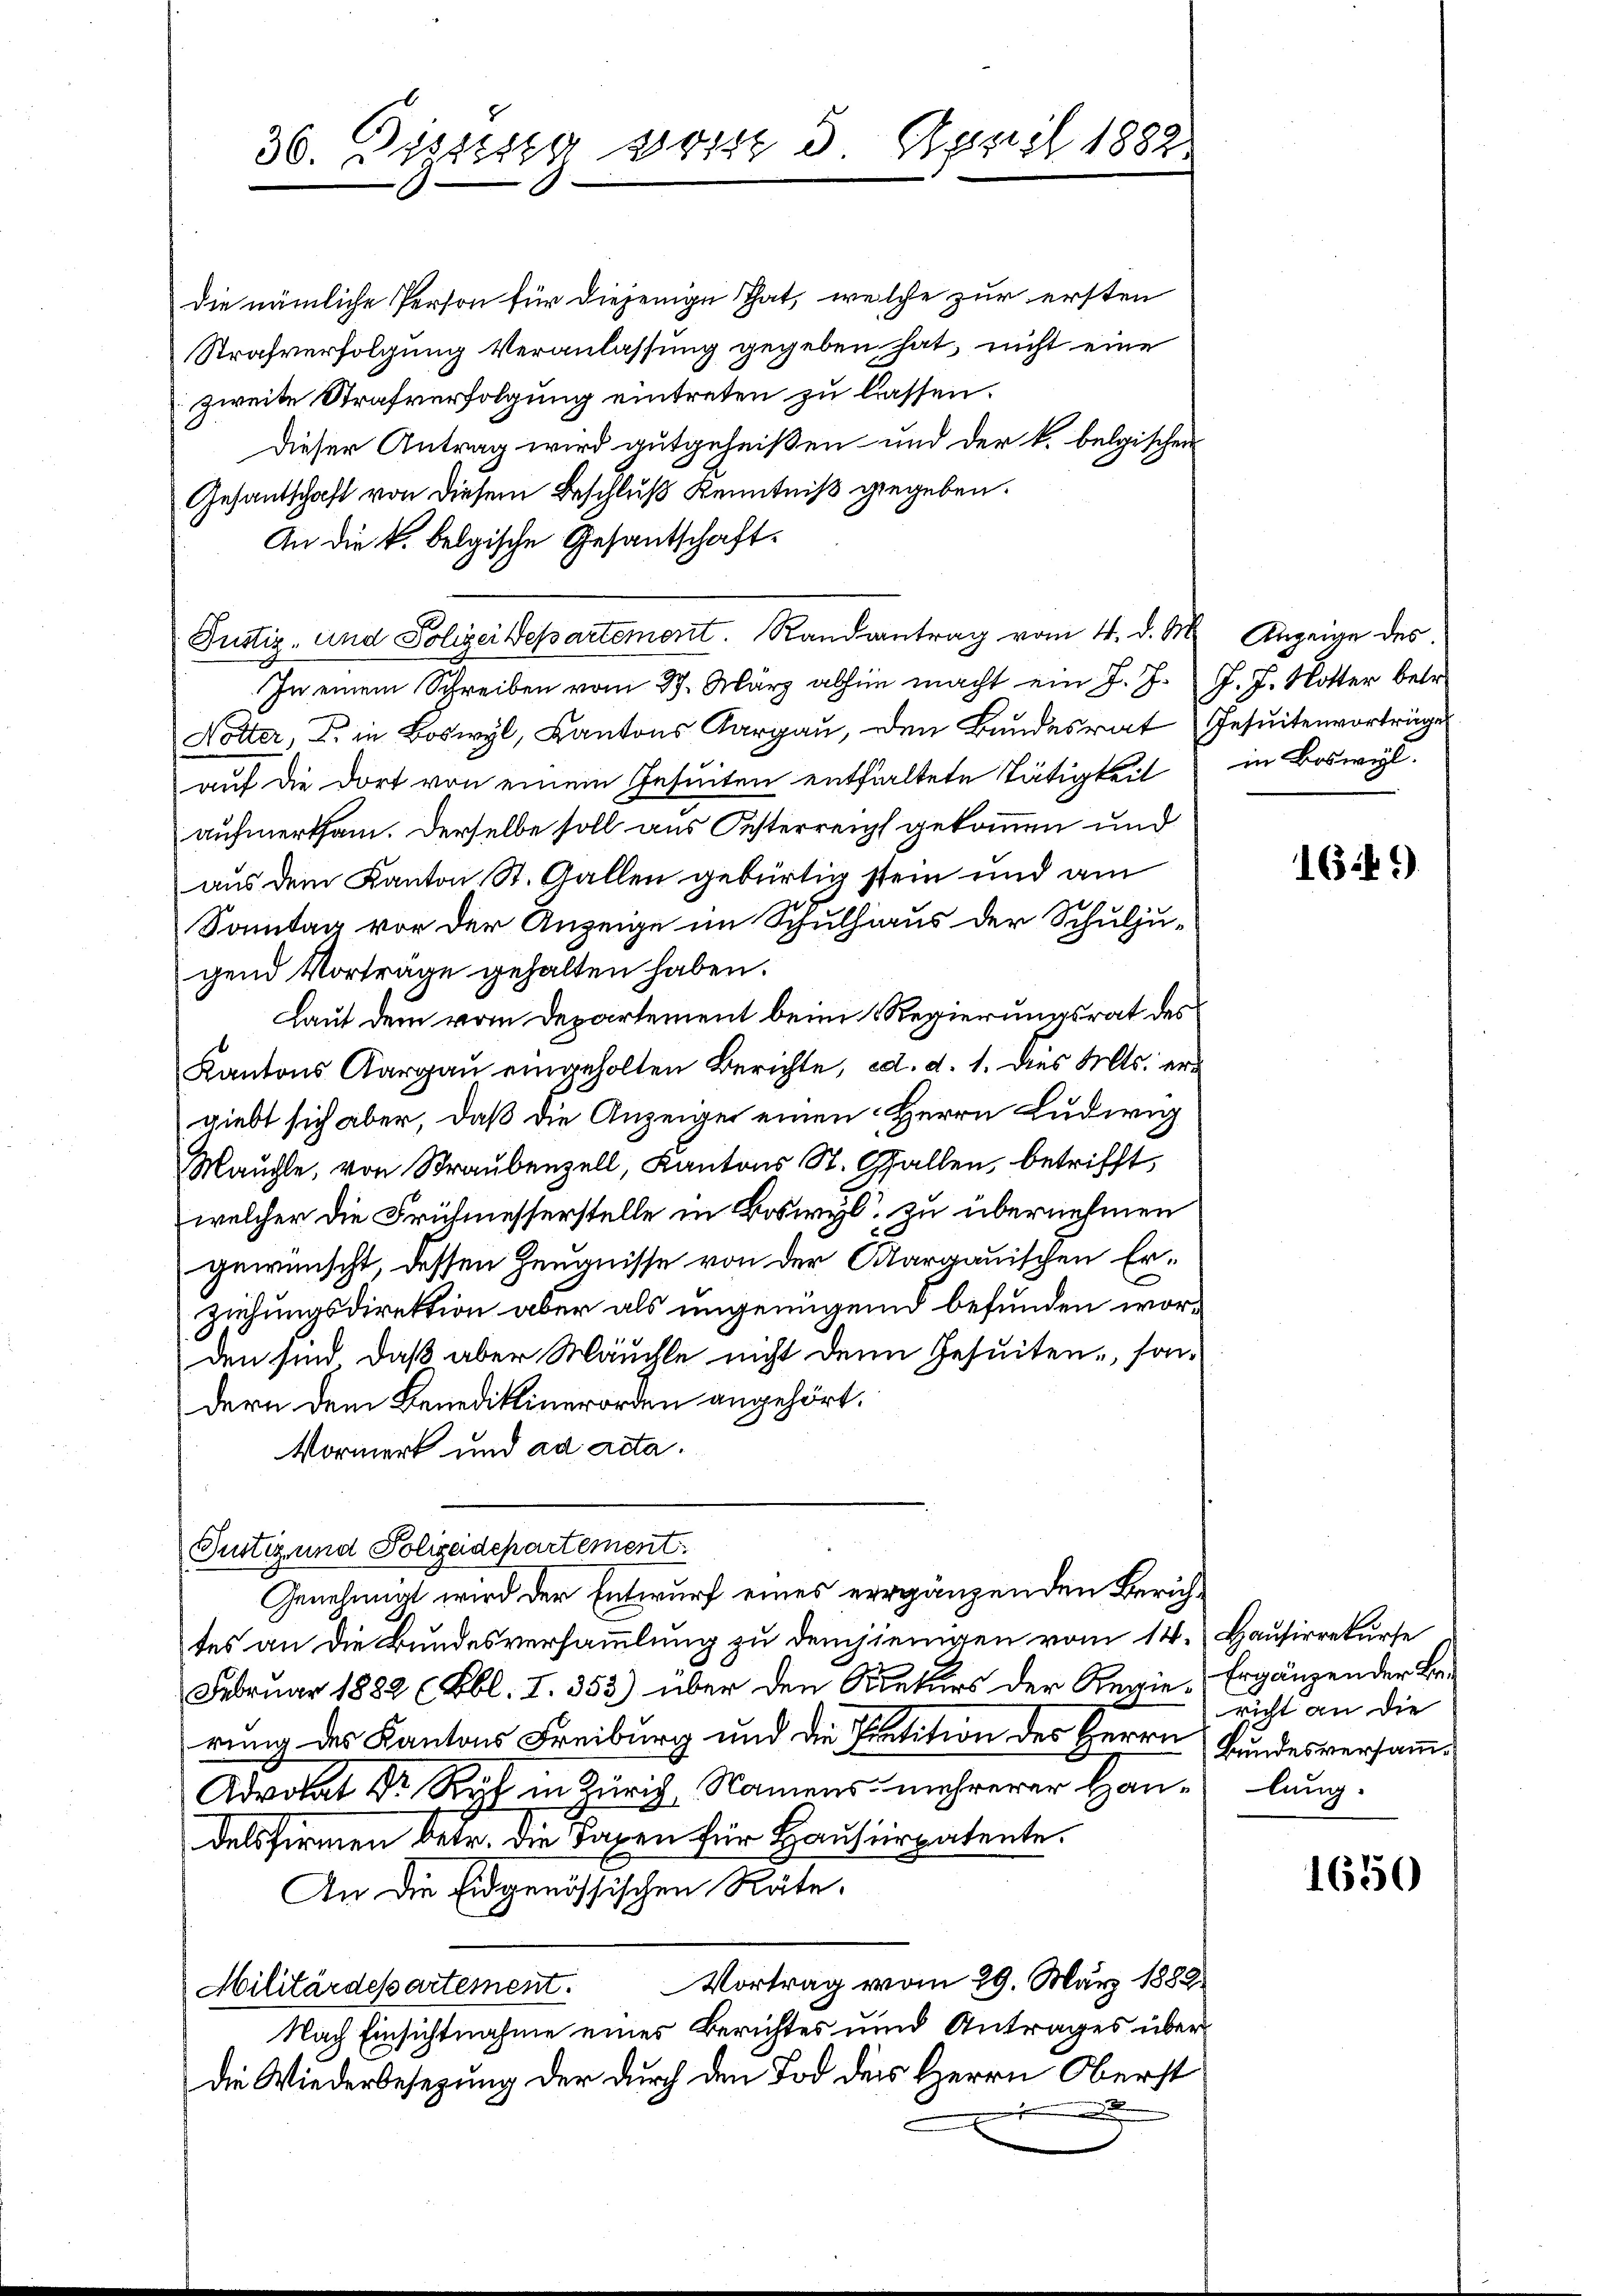
36. Dissesse 1015. April 1882

Gesandschaft von diesem Beschluß Kenntniß gegeben.
An die k. belgische Gesantschaft.
Justiz- und Polizeidepartement. Randantrag vom 4. d. M. Anzeige des
In einem Schreiben vom 27. März abhin macht ein J. J. J. J. Notter betr.
Notter, D. in Boswyl, Kantons Aargau, den Bundesrat Jesuitenvorträge
auf die dort von einem Gesuiten enthaltete Tätigkeit
aufmerksam. Derselbe soll aus Oesterreicht gekommen und
aus dem Kanton St. Gallen gebürtig stein und am
Sonntag vor der Anzeige im Schulhaus der Schulju-
gend Vorträge gehalten haben.
Laut dem vom Departement beim Regierungsrat des
Kantons Aargau eingeholten Berichte, ed. d. 1. dies Mts. ergiebt sich aber, daß die Anzeigen einen Herrn Ludwig
Mauchte, von Straubenzell, Kantons St. Gallen, betrifft,
welcher die Frühmesserstelle in Biswyl zu übernehmen
gewünscht, dessen Zeugnisse von der Aargauischen Erziehungsdirektion aber als ungenügend befunden worden sind. Daß aber Mäuchle nicht denn Gesuiten, sondern dem Benediktinerorden angehört.
Mormerk und ad acta.
Justiz und Polizeidepartement.
Genehmigt wird der Entwurf eines ergänzenden Zürichtes an die Bundesversammlung zu demjenigen vom 14. Hausirrekurse
Februar 1882 (Fbl. I. 353) über den Rekurs der Regie-Ergänzen der Berung des Kantons Freiburg und die Petition des Herrn Bundesversamm¬
Advokat Dr Ryf in Zürich, Namens mehrerer Hau- lang.
delsfirmen betr. die Taxen für Hausirpatente.
An die Eidgenössischen Räte,
Militärdepartement. Vortrag vom 29. März 1889
Nach Einsichtnahme eines Berichtes und Antrages überdie Wiederbesezung der durch den Tod des Herrn Oberst
.

die nämliche Person für diejenige That, welche zur ersten
Strafverfolgung Veranlassung gegeben hat, nicht eine
zweite Strafverfolgung eintreten zu lassen.
Dieser Antrag wird gutgeheißen und der k. belgischen

in Boswil.

richt an die

1649.

1650